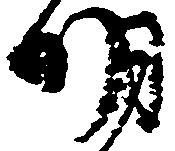
明